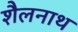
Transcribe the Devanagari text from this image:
शैलनाथ